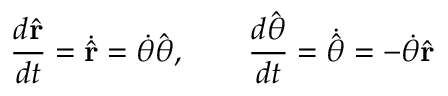
{ \frac { d { \hat { \mathbf { r } } } } { d t } } = { \dot { \hat { \mathbf { r } } } } = { \dot { \theta } } { \hat { \boldsymbol { \theta } } } , \qquad { \frac { d { \hat { \boldsymbol { \theta } } } } { d t } } = { \dot { \hat { \boldsymbol { \theta } } } } = - { \dot { \theta } } { \hat { \mathbf { r } } }